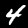
Digit: 4